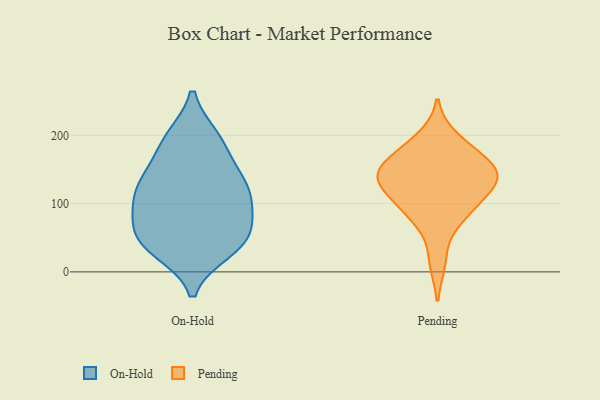
{"axis": {"x": "Conversion Rate (%)", "y": "Value"}, "legend": ["On-Hold", "Pending"], "data": [{"x": "", "y": 117, "type": "On-Hold"}, {"x": "", "y": 185, "type": "On-Hold"}, {"x": "", "y": 197, "type": "On-Hold"}, {"x": "", "y": 68, "type": "On-Hold"}, {"x": "", "y": 143, "type": "On-Hold"}, {"x": "", "y": 110, "type": "On-Hold"}, {"x": "", "y": 89, "type": "On-Hold"}, {"x": "", "y": 31, "type": "On-Hold"}, {"x": "", "y": 40, "type": "On-Hold"}, {"x": "", "y": 36, "type": "On-Hold"}, {"x": "", "y": 135, "type": "On-Hold"}, {"x": "", "y": 82, "type": "On-Hold"}, {"x": "", "y": 51, "type": "On-Hold"}, {"x": "", "y": 109, "type": "On-Hold"}, {"x": "", "y": 197, "type": "On-Hold"}, {"x": "", "y": 141, "type": "On-Hold"}, {"x": "", "y": 47, "type": "On-Hold"}, {"x": "", "y": 180, "type": "Pending"}, {"x": "", "y": 137, "type": "Pending"}, {"x": "", "y": 147, "type": "Pending"}, {"x": "", "y": 16, "type": "Pending"}, {"x": "", "y": 195, "type": "Pending"}, {"x": "", "y": 127, "type": "Pending"}, {"x": "", "y": 154, "type": "Pending"}, {"x": "", "y": 88, "type": "Pending"}, {"x": "", "y": 166, "type": "Pending"}, {"x": "", "y": 126, "type": "Pending"}, {"x": "", "y": 80, "type": "Pending"}, {"x": "", "y": 144, "type": "Pending"}, {"x": "", "y": 91, "type": "Pending"}, {"x": "", "y": 130, "type": "Pending"}]}